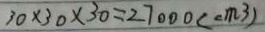
3 0 \times 3 0 \times 3 0 = 2 7 0 0 0 ( c m ^ { 3 } )